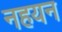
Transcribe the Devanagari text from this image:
नहयन